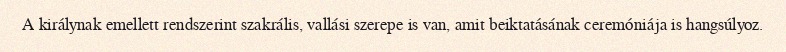
A királynak emellett rendszerint szakrális, vallási szerepe is van, amit beiktatásának ceremóniája is hangsúlyoz.